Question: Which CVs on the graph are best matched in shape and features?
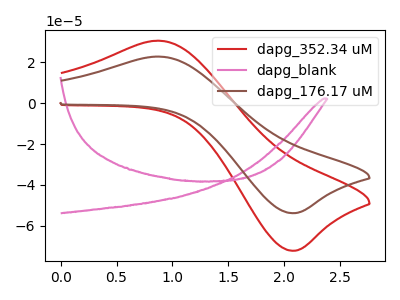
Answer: <think>The red curve "dapg_352.34 uM" has an anodic peak at (0.85V, 30.45uA) and a cathodic peak at (2.10V, -72.10uA). The pink curve "dapg_blank" has no peaks. The brown curve "dapg_176.17 uM" has an anodic peak at (0.85V, 22.70uA) and a cathodic peak at (2.10V, -53.75uA).
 "dapg_352.34 uM" and "dapg_blank" have a different number of peaks. All the peaks in "dapg_352.34 uM" have a peak in "dapg_176.17 uM" at the same potential. Every peak in "dapg_352.34 uM" is higher than every peak in "dapg_176.17 uM". "dapg_blank" and "dapg_176.17 uM" have a different number of peaks.</think>
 <answer>"dapg_176.17 uM" and "dapg_352.34 uM" have the same shape and are likely CV's of the same chemical.</answer>
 <eval>"dapg_176.17 uM" "dapg_352.34 uM"</eval>